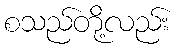
စသည်တို့လည်း